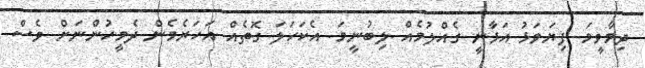
ދިމާވީމަ. ފިޔަވަޅު އަޅާނީ ގެއްލުމެއް ލިބުނީމަ. އެކަހަލަ ގޮތެއް އަހަރެމެން ދެމީހުންނަށް ވެސް